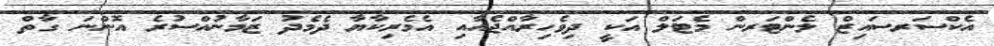
އެކްސަރސައިޒް ލެންޓަރން މެޓަލް އަކީ ދިވެހިރާއްޖެއާއި އެމެރިކާޔާ ދެމެދު ޒަމާނުއްސުރެ އޮންނަ ގާތް